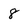
Character: 8